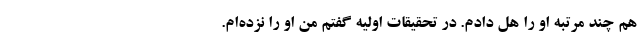
هم چند مرتبه او را هل دادم. در تحقیقات اولیه گفتم من او را نزده‌ام.